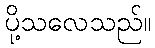
ပို့သလေသည်။